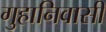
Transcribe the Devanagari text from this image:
गुहानिवासी